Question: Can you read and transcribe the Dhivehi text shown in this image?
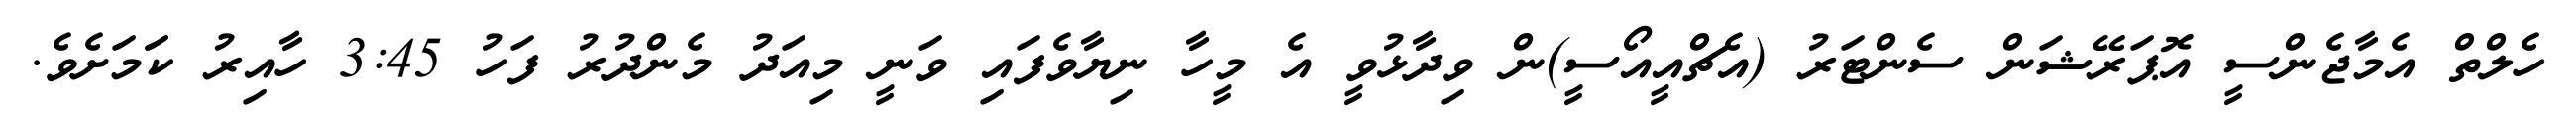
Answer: ހެލްތް އެމާޖެންސީ އޮޕަރޭޝަން ސެންޓަރު (އެޗްއީއޯސީ)ން ވިދާޅުވީ އެ މީހާ ނިޔާވެފައި ވަނީ މިއަދު މެންދުރު ފަހު 3:45 ހާއިރު ކަަމަށެވެ.